Calcutta medical institutions reports 1892-1900
Year: 1892
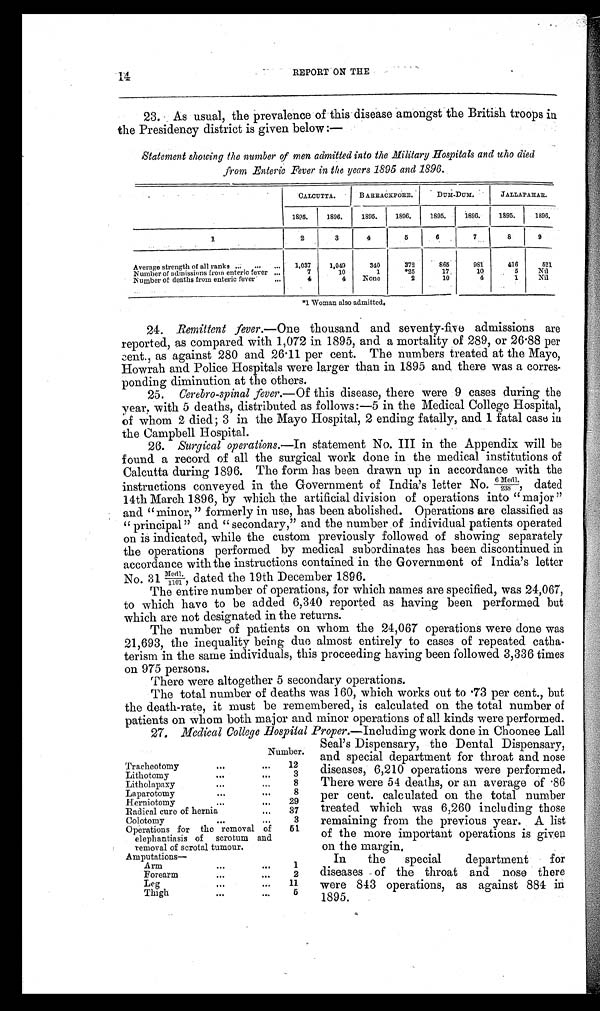
14
REPORT ON THE
23. As usual, the prevalence of this disease amongst the British troops in
the Presidency district is given below:—
Statement showing the number of men admitted into the Military Hospitals and who died
from Enteric Fever in the years 1895 and 1896.
CALCUTTA.
BARRACKPORE.
DUM-DUM.
JALLAPAHAR.
1895.
1896.
1895.
1896.
1895.
1896.
1895.
1896.
1
2
3
4
5
6
7
8
9
Average strength of all ranks
1,037
1,049
340
372
865
981
416
521
Number of admissions from enteric fever
7
10
1
*25
17
10
5
Nil
Number of deaths from enteric fever
4
4
None
2
10
4
1
Nil
* 1 W o m a n a l s o a d m i t t e d .
24.
Remittent fever. —One thousand and seventy-five admissions are
reported, as compared with 1,072 in 1895, and a mortality of 289, or 26.88 per
-cent., as against 280 and 26.11 per cent. The numbers treated at the Mayo,
Howrah and Police Hospitals were larger than in 1895 and there was a corres
- p o n d i n g d i m i n u t i o n a t t h e o t h e r s .
25.
Cerebro-spinal fever. —Of this disease, there were 9 cases during the
year, with 5 deaths, distributed as follows:—5 in the Medical College Hospital,
of whom 2 died; 3 in the Mayo Hospital, 2 ending fatally, and 1 fatal case in
the Campbell Hospital.
26.
Surgical operations. —In statement No. III in the Appendix will be
found a record of all the surgical work done in the medical institutions of
Calcutta during 1896. The form has been drawn up in accordance with the
instructions conveyed in the Government of India's letter No. 6Medl./238, dated
14th March 1896, by which the artificial division of operations into "major"
and "minor," formerly in use, has been abolished. Operations are classified as
"principal" and "secondary," and the number of individual patients operated
on is indicated, while the custom previously followed of showing separately
the operations performed by medical subordinates has been discontinued in
accordance with the instructions contained in the Government of India's letter
No . 3 1 Me d l . / 1 1 0 1 , d a t e d t h e 1 9 t h De c e mb e r 1 8 9 6 .
The entire number of operations, for which names are specified, was 24,067,
to which have to be added 6,340 reported as having been performed but
which are not designated in the returns.
The number of patients on whom the 24,067 operations were done was
21,693, the inequality being due almost entirely to cases of repeated catha
- t e r i s m i n t h e s a m e i n d i v i d u a l s , t h i s p r o c e e d i n g h a v i n g b e e n f o l l o w e d 3 , 3 3 6 t i m e s
on 975 persons.
There were altogether 5 secondary operations.
The total number of deaths was 160, which works out to .73 per cent., but
the death-rate, it must be remembered, is calculated on the total number of
patients on whom both major and minor operations of all kinds were performed.
27.
Medical College Hospital Proper.— Including work done in Choonee Lall
Seal's Dispensary, the Dental Dispensary,
and special department for throat and nose
diseases, 6,210 operations were performed.
There were 54 deaths, or an average of .86
per cent. calculated on the total number
treated which was 6,260 including those
remaining from the previous year. A list
of the more important operations is given
on the margin.
In the special department for
diseases of the throat and nose there
were 843 operations, as against 884 in
1895.
Number.
Tracheotomy
12
Lithotomy
3
Litholapaxy
8
Laparotomy
8
He r ni ot omy
29
Radical cure of hernia
37
Colotomy
3
Operations for the removal of
elephantiasis of scrotum and
removal of scrotal tumour.
51
A m p u t a t i o n s –
Arm
1
Forearm
2
Leg
11
Thigh
5